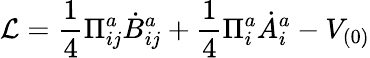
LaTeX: {\cal L}=\frac{1}{4}\Pi_{ij}^{a}\dot{B}_{ij}^{a}+\frac{1}{4}\Pi_{i}^{a}\dot{A}_{i}^{a}-V_{(0)}